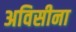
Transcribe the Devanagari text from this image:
अविसीना